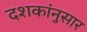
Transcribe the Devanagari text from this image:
दशकांनुसार